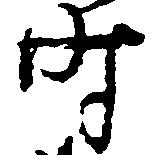
時